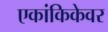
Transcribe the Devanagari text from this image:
एकांकिकेवर